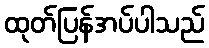
ထုတ်ပြန်အပ်ပါသည်